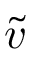
\tilde { v }